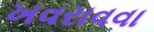
ખવરાવવા